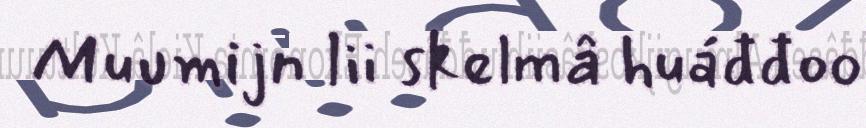
Muumijn lii skelmâ huáđđoo